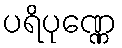
ပရိပုဏ္ဏေ